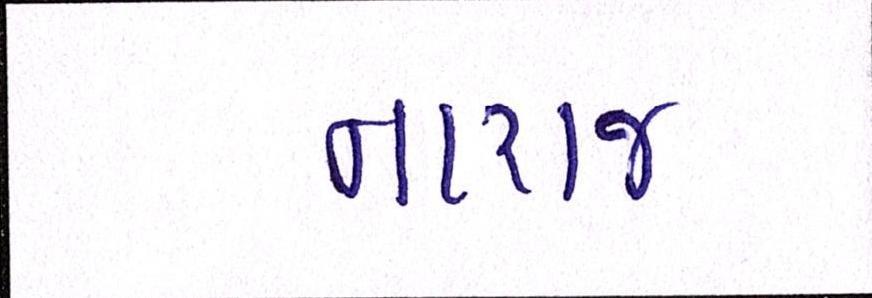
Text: નારાજ